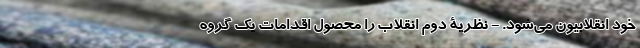
خود انقلابیون می‌شود. - نظریۀ دوم انقلاب را محصول اقدامات یک گروه